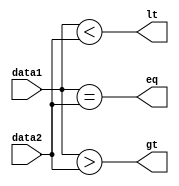
`timescale 1ns / 1ps
//////////////////////////////////////////////////////////////////////////////////
// Company: 
// Engineer: 
// 
// Design Name: 
// Module Name:    COMPARE 
// Project Name: 
// Target Devices: 
// Tool versions: 
// Description: 
//
// Dependencies: 
//
// Revision: 
// Revision 0.01 - File Created
// Additional Comments: 
//
//////////////////////////////////////////////////////////////////////////////////
 
module COMPARE(lt,gt,eq,data1,data2);
input [15:0] data1,data2;
output lt,gt,eq;
assign lt = data1<data2;
assign gt = data1>data2;
assign eq = data1==data2;
endmodule